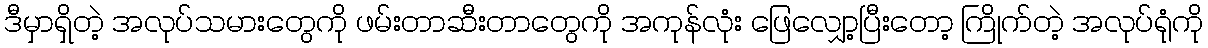
ဒီမှာရှိတဲ့ အလုပ်သမားတွေကို ဖမ်းတာဆီးတာတွေကို အကုန်လုံး ဖြေလျှော့ပြီးတော့ ကြိုက်တဲ့ အလုပ်ရုံကို